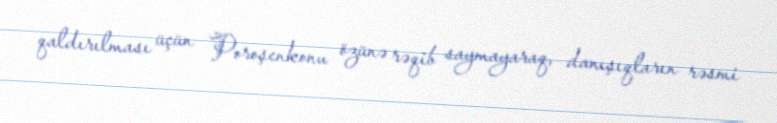
qaldırılması üçün Poroşenkonu özünə rəqib saymayaraq, danışıqların rəsmi